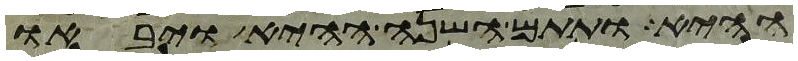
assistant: ההיא ותתם השנה ההיא ויבאו